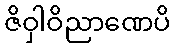
ဇိဝှါဝိညာဏေပိ